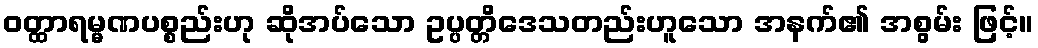
ဝတ္ထာရမ္မဏပစ္စည်းဟု ဆိုအပ်သော ဥပ္ပတ္တိဒေသတည်းဟူသော အနက်၏ အစွမ်း ဖြင့်။